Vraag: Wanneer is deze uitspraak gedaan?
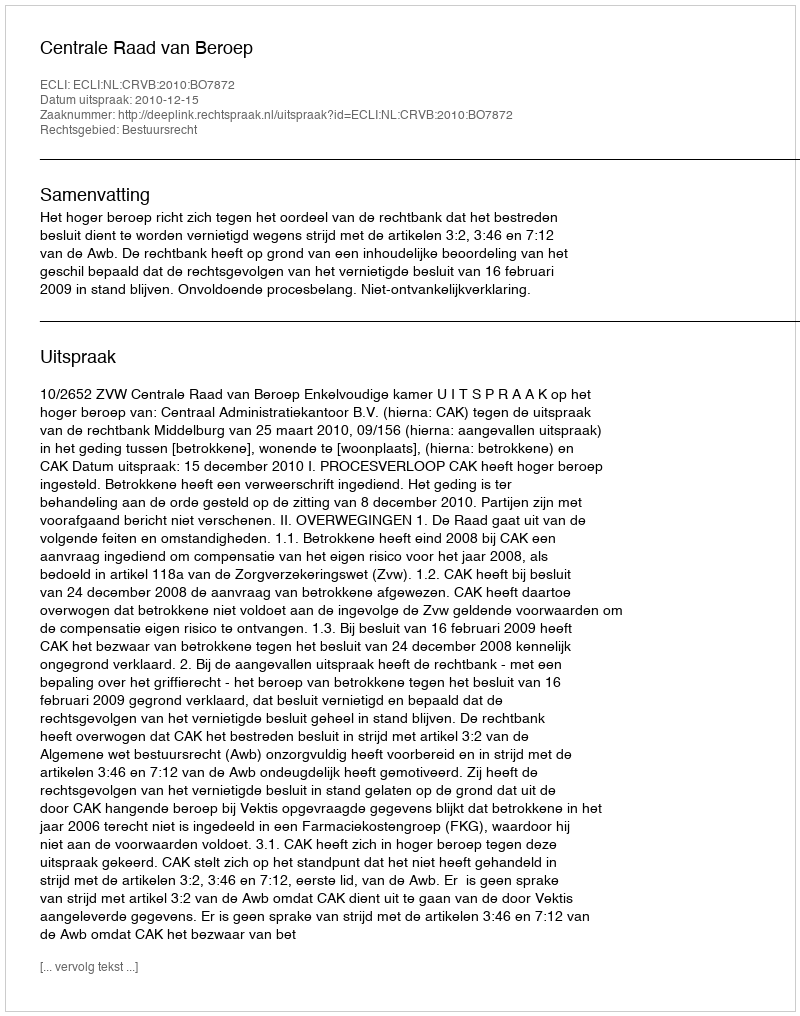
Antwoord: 2010-12-15